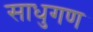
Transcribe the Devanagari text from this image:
साधुगण